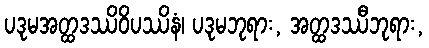
ပဒုမအတ္ထဒဿိဝိပဿိနံ၊ ပဒုမဘုရား, အတ္ထဒဿီဘုရား,